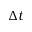
\Delta t